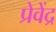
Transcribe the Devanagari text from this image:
प्रेवेंद्र